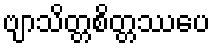
ဗျာသိတ္တစိတ္တဿပေ